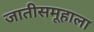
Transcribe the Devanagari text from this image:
जातीसमूहाला